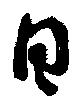
日